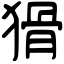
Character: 猾